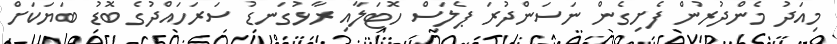
މިއަދު މެންދުރުން ފެށިގެން ނަސަންދުރަ ޕެލަސް ހޮޓަލާއި ރާޅުގަނޑު ސަރަހައްދުގެ ބޮޑު ބަޔަކަށް